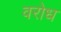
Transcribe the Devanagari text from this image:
वरोध